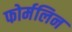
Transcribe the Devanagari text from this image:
फोर्मलिन